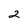
Character: 2